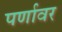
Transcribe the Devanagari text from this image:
पर्णावर